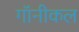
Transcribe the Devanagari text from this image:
गॉनीकल